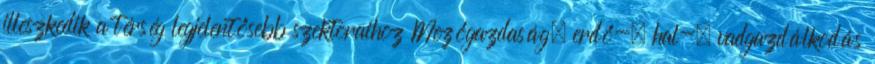
illeszkedik a térség legjelentősebb szektoraihoz Mezőgazdaság, erdő-, hal-, vadgazdálkodás